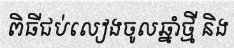
ពិធីជប់លៀងចូលឆ្នាំថ្មី និង